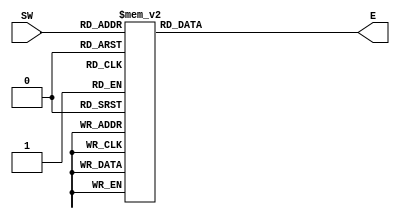
module led_E (input [0:3] SW,
              output reg E);
always @ (*) begin
	case(SW)
    0: E=~1;
	1: E=~0;
	2: E=~1;
	3: E=~0;
	4: E=~0;
	5: E=~0;
	6: E=~1;
	7: E=~0;
	8: E=~1;
	9: E=~0;
	10: E=~1;
	11: E=~1;
	12: E=~1;
	13: E=~1;
	14: E=~1;
	15: E=~1;
	endcase
end            
endmodule